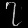
Digit: ၇